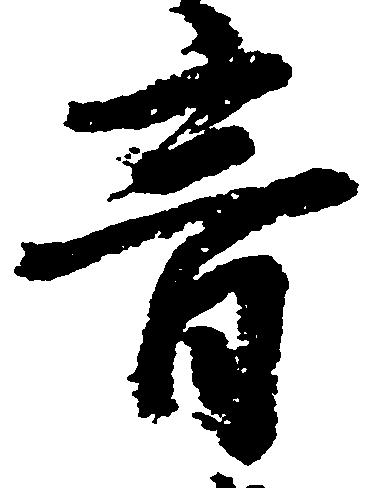
音